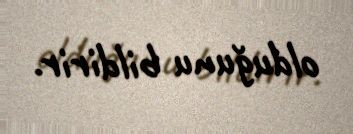
olduğunu bildirir.